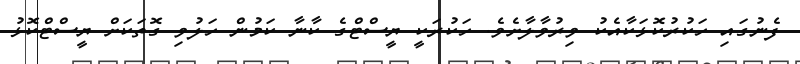
ފެނުގައި ހަކުރުކޮޅަކާއެކު ވިރުވާލާށެވެ. ހަކުރަކީ ޔީސްޓްގެ ކާނާ ކަމުން ހަލުވި ގޮތަކަށް ޔީސްޓްކޮޅު